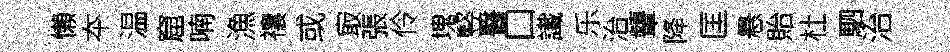
懶夲温窟喃漁禳或㝡張伶塊竪醫口䜟乐治顰降匡悬貽杜駟治